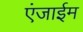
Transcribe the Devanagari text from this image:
एंजाईम